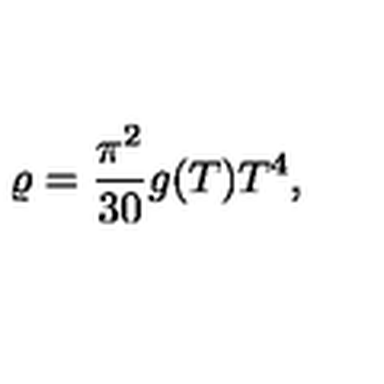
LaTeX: \varrho = \frac { \pi ^ { 2 } } { 3 0 } g ( T ) T ^ { 4 } ,